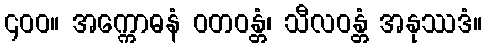
၄၀၀။ အက္ကောဓနံ ဝတဝန္တံ၊ သီလဝန္တံ အနုဿဒံ။